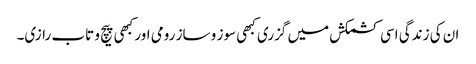
ان کی زندگی اسی کشمکش میں گزری کبھی سوز و ساز رومی اور کبھی پیچ و تاب رازی۔